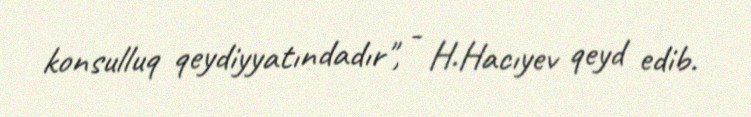
konsulluq qeydiyyatındadır", - H.Hacıyev qeyd edib.